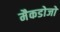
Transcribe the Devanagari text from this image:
मैकडोजो